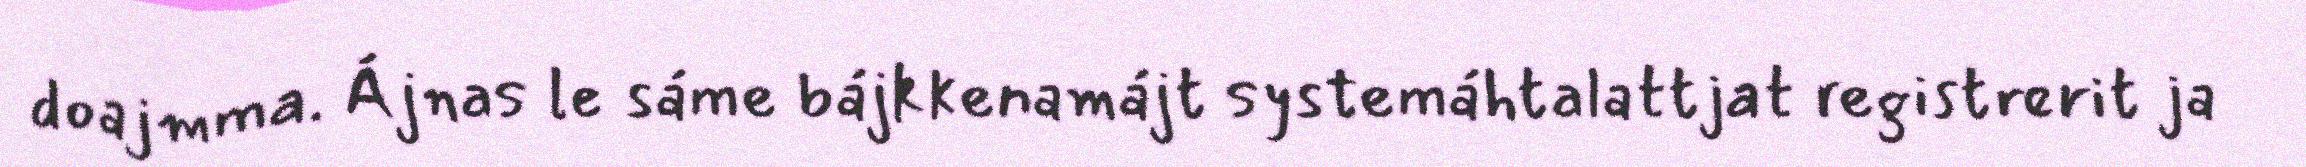
doajmma. Ájnas le sáme bájkkenamájt systemáhtalattjat registrerit ja